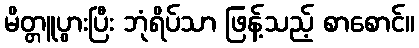
မိတ္တူပွားပြီး ဘုံရိပ်သာ ဖြန့်သည့် စာစောင်။